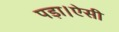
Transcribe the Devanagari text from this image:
पड़ा।ऐसी